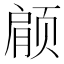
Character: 𫖶